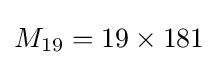
M_{19}=19\times 181